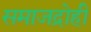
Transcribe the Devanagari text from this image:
समाजद्रोही